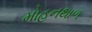
મોહનથાળ